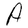
Character: A